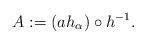
LaTeX: \begin{align*}A:=(ah_{\alpha})\circ h^{-1}.\end{align*}